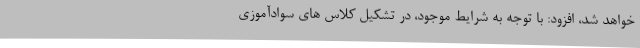
خواهد شد، افزود: با توجه به شرایط موجود، در تشکیل کلاس های سوادآموزی